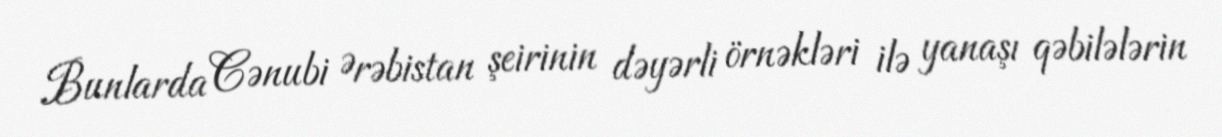
Bunlarda Cənubi Ərəbistan şeirinin dəyərli örnəkləri ilə yanaşı qəbilələrin